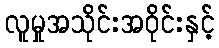
လူမှုအသိုင်းအဝိုင်းနှင့်